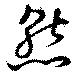
熊